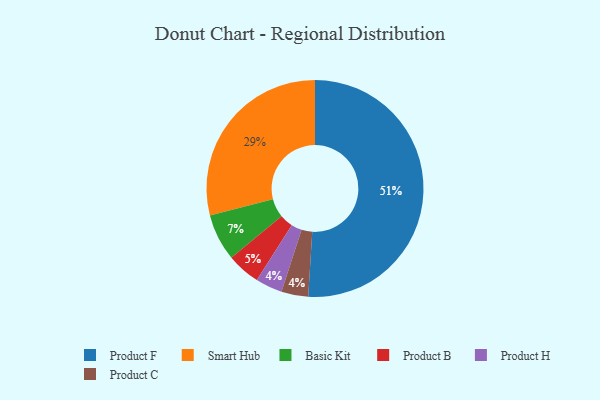
{"axis": {"x": "Category", "y": "Percentage"}, "legend": ["Basic Kit", "Product B", "Product C", "Product F", "Product H", "Smart Hub"], "data": [{"x": "Product F", "y": 51, "type": "Product F"}, {"x": "Smart Hub", "y": 29, "type": "Smart Hub"}, {"x": "Product H", "y": 4, "type": "Product H"}, {"x": "Basic Kit", "y": 7, "type": "Basic Kit"}, {"x": "Product C", "y": 4, "type": "Product C"}, {"x": "Product B", "y": 5, "type": "Product B"}]}